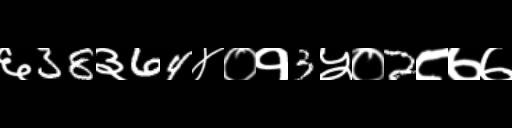
Text: ६38३64४०१3५०2८७७